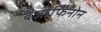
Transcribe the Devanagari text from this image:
बेंजोफिनोन